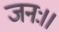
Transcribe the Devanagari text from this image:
जनः।।